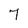
Character: 7